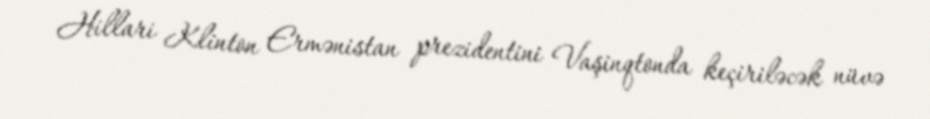
Hillari Klinton Ermənistan prezidentini Vaşinqtonda keçiriləcək nüvə